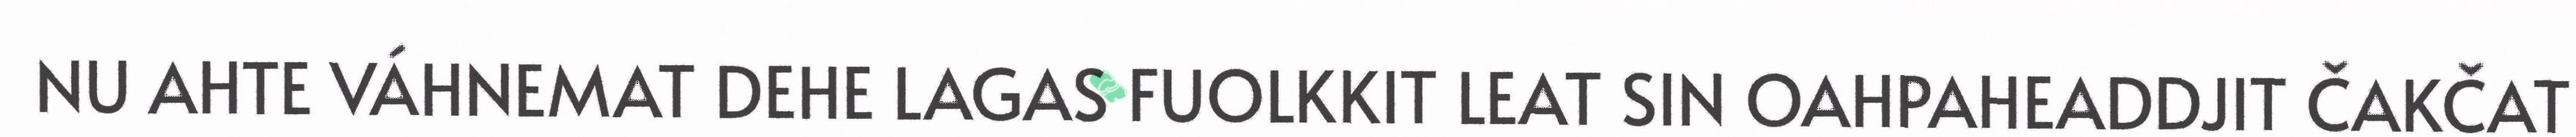
NU AHTE VÁHNEMAT DEHE LAGAS FUOLKKIT LEAT SIN OAHPAHEADDJIT ČAKČAT